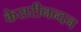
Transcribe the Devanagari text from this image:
केसरीनन्दन